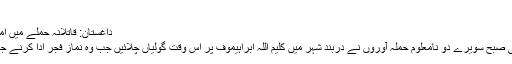
‘‘
داغستان: قاتلانہ حملے میں امام ہلاک
منگل کی صبح سویرے دو نامعلوم حملہ آوروں نے دربند شہر میں کلیم اللہ ابراہیموف پر اُس وقت گولیاں چلائیں جب وہ نمازِ فجر ادا کرنے جارہا تھا۔